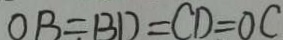
O B = B D = C D = O C